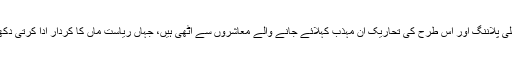
چائلڈ لیبر، فیملی پلاننگ اور اس طرح کی تحاریک ان مہذب کہلائے جانے والے معاشروں سے اٹھی ہیں، جہاں ریاست ماں کا کردار ادا کرتی دکھائی دیتی ہے۔